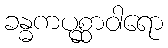
ခန္ဓကပုစ္ဆာဝါရော